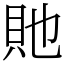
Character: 貤